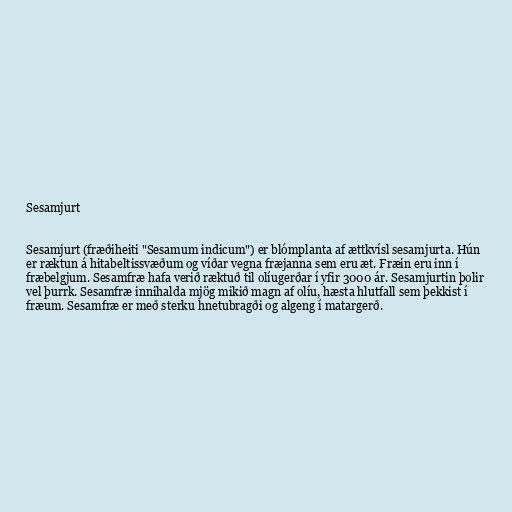
Sesamjurt

Sesamjurt (fræðiheiti "Sesamum indicum") er blómplanta af ættkvísl sesamjurta. Hún
er ræktun á hitabeltissvæðum og víðar vegna fræjanna sem eru æt. Fræin eru inn í
fræbelgjum. Sesamfræ hafa verið ræktuð til olíugerðar í yfir 3000 ár. Sesamjurtin þolir
vel þurrk. Sesamfræ innihalda mjög mikið magn af olíu, hæsta hlutfall sem þekkist í
fræum. Sesamfræ er með sterku hnetubragði og algeng í matargerð.